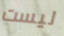
ليست